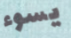
يسوء